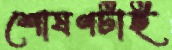
শোষণটাই